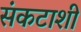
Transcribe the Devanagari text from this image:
संकटाशी